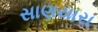
સાણયારા